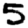
Digit: 5